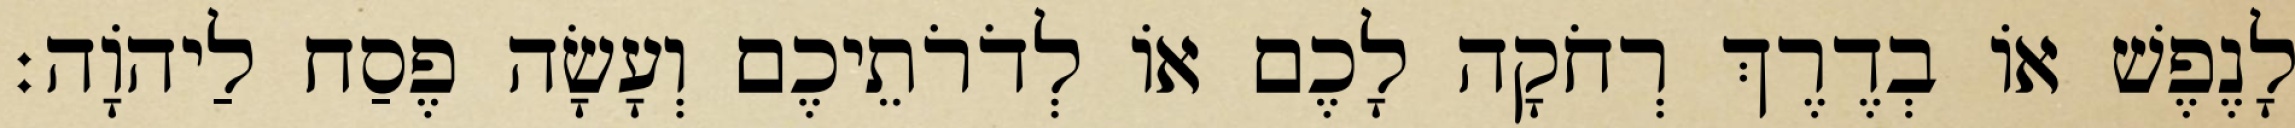
לָנֶפֶשׁ אוֹ בְדֶרֶךְ רְחֹקָה לָכֶם אוֹ לְדֹרֹתֵיכֶם וְעָשָׂה פֶסַח לַיהוָֹה׃